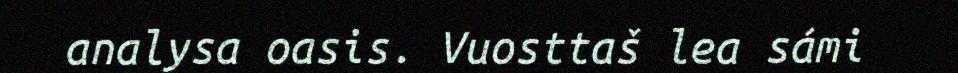
analysa oasis. Vuosttaš lea sámi